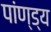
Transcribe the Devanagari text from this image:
पांण्ड्य